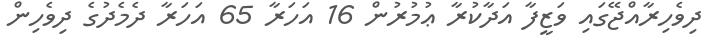
ދިވެހިރާއްޖޭގައި ވަޒީފާ އަދާކުރާ ޢުމުރުން 16 އަހަރާ 65 އަހަރާ ދެމެދުގެ ދިވެހިން